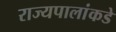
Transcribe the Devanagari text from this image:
राज्यपालांकडे